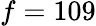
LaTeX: f=109